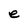
Character: e